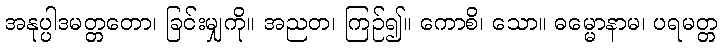
အနုပ္ပါဒမတ္တတော၊ ခြင်းမျှကို။ အညတ၊ ကြဉ်၍။ ကောစိ၊ သော။ ဓမ္မောနာမ၊ ပရမတ္တ